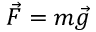
{ \vec { F } } = m { \vec { g } }